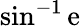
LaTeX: \sin^{-1}\mathrm{e}